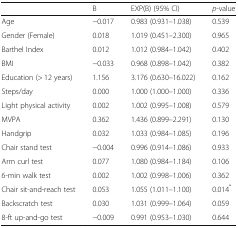
<table><thead><tr><td></td><td><b>B</b></td><td><b>EXP(B) (95% CI)</b></td><td><b><i>p</i>-value</b></td></tr></thead><tbody><tr><td>Age</td><td>−0.017</td><td>0.983 (0.931–1.038)</td><td>0.539</td></tr><tr><td>Gender (Female)</td><td>0.018</td><td>1.019 (0.451–2.300)</td><td>0.965</td></tr><tr><td>Barthel Index</td><td>0.012</td><td>1.012 (0.984–1.042)</td><td>0.402</td></tr><tr><td>BMI</td><td>−0.033</td><td>0.968 (0.898–1.042)</td><td>0.382</td></tr><tr><td>Education (&gt; 12 years)</td><td>1.156</td><td>3.176 (0.630–16.022)</td><td>0.162</td></tr><tr><td>Steps/day</td><td>0.000</td><td>1.000 (1.000–1.000)</td><td>0.336</td></tr><tr><td>Light physical activity</td><td>0.002</td><td>1.002 (0.995–1.008)</td><td>0.579</td></tr><tr><td>MVPA</td><td>0.362</td><td>1.436 (0.899–2.291)</td><td>0.130</td></tr><tr><td>Handgrip</td><td>0.032</td><td>1.033 (0.984–1.085)</td><td>0.196</td></tr><tr><td>Chair stand test</td><td>−0.004</td><td>0.996 (0.914–1.086)</td><td>0.933</td></tr><tr><td>Arm curl test</td><td>0.077</td><td>1.080 (0.984–1.184)</td><td>0.106</td></tr><tr><td>6-min walk test</td><td>0.002</td><td>1.002 (0.998–1.006)</td><td>0.362</td></tr><tr><td>Chair sit-and-reach test</td><td>0.053</td><td>1.055 (1.011–1.100)</td><td>0.014<sup>*</sup></td></tr><tr><td>Backscratch test</td><td>0.030</td><td>1.031 (0.999–1.064)</td><td>0.059</td></tr><tr><td>8-ft up-and-go test</td><td>−0.009</td><td>0.991 (0.953–1.030)</td><td>0.644</td></tr></tbody></table>